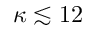
\kappa \lesssim 1 2